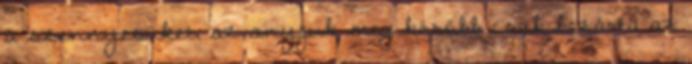
a szennyesüket, az anyjuk meg később csak bezárta az